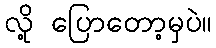
လို့ ပြောတော့မှပဲ။